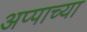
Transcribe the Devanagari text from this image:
अप्पाच्या